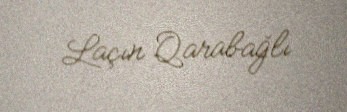
Laçın Qarabağlı